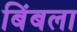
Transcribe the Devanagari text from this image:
बिंबला